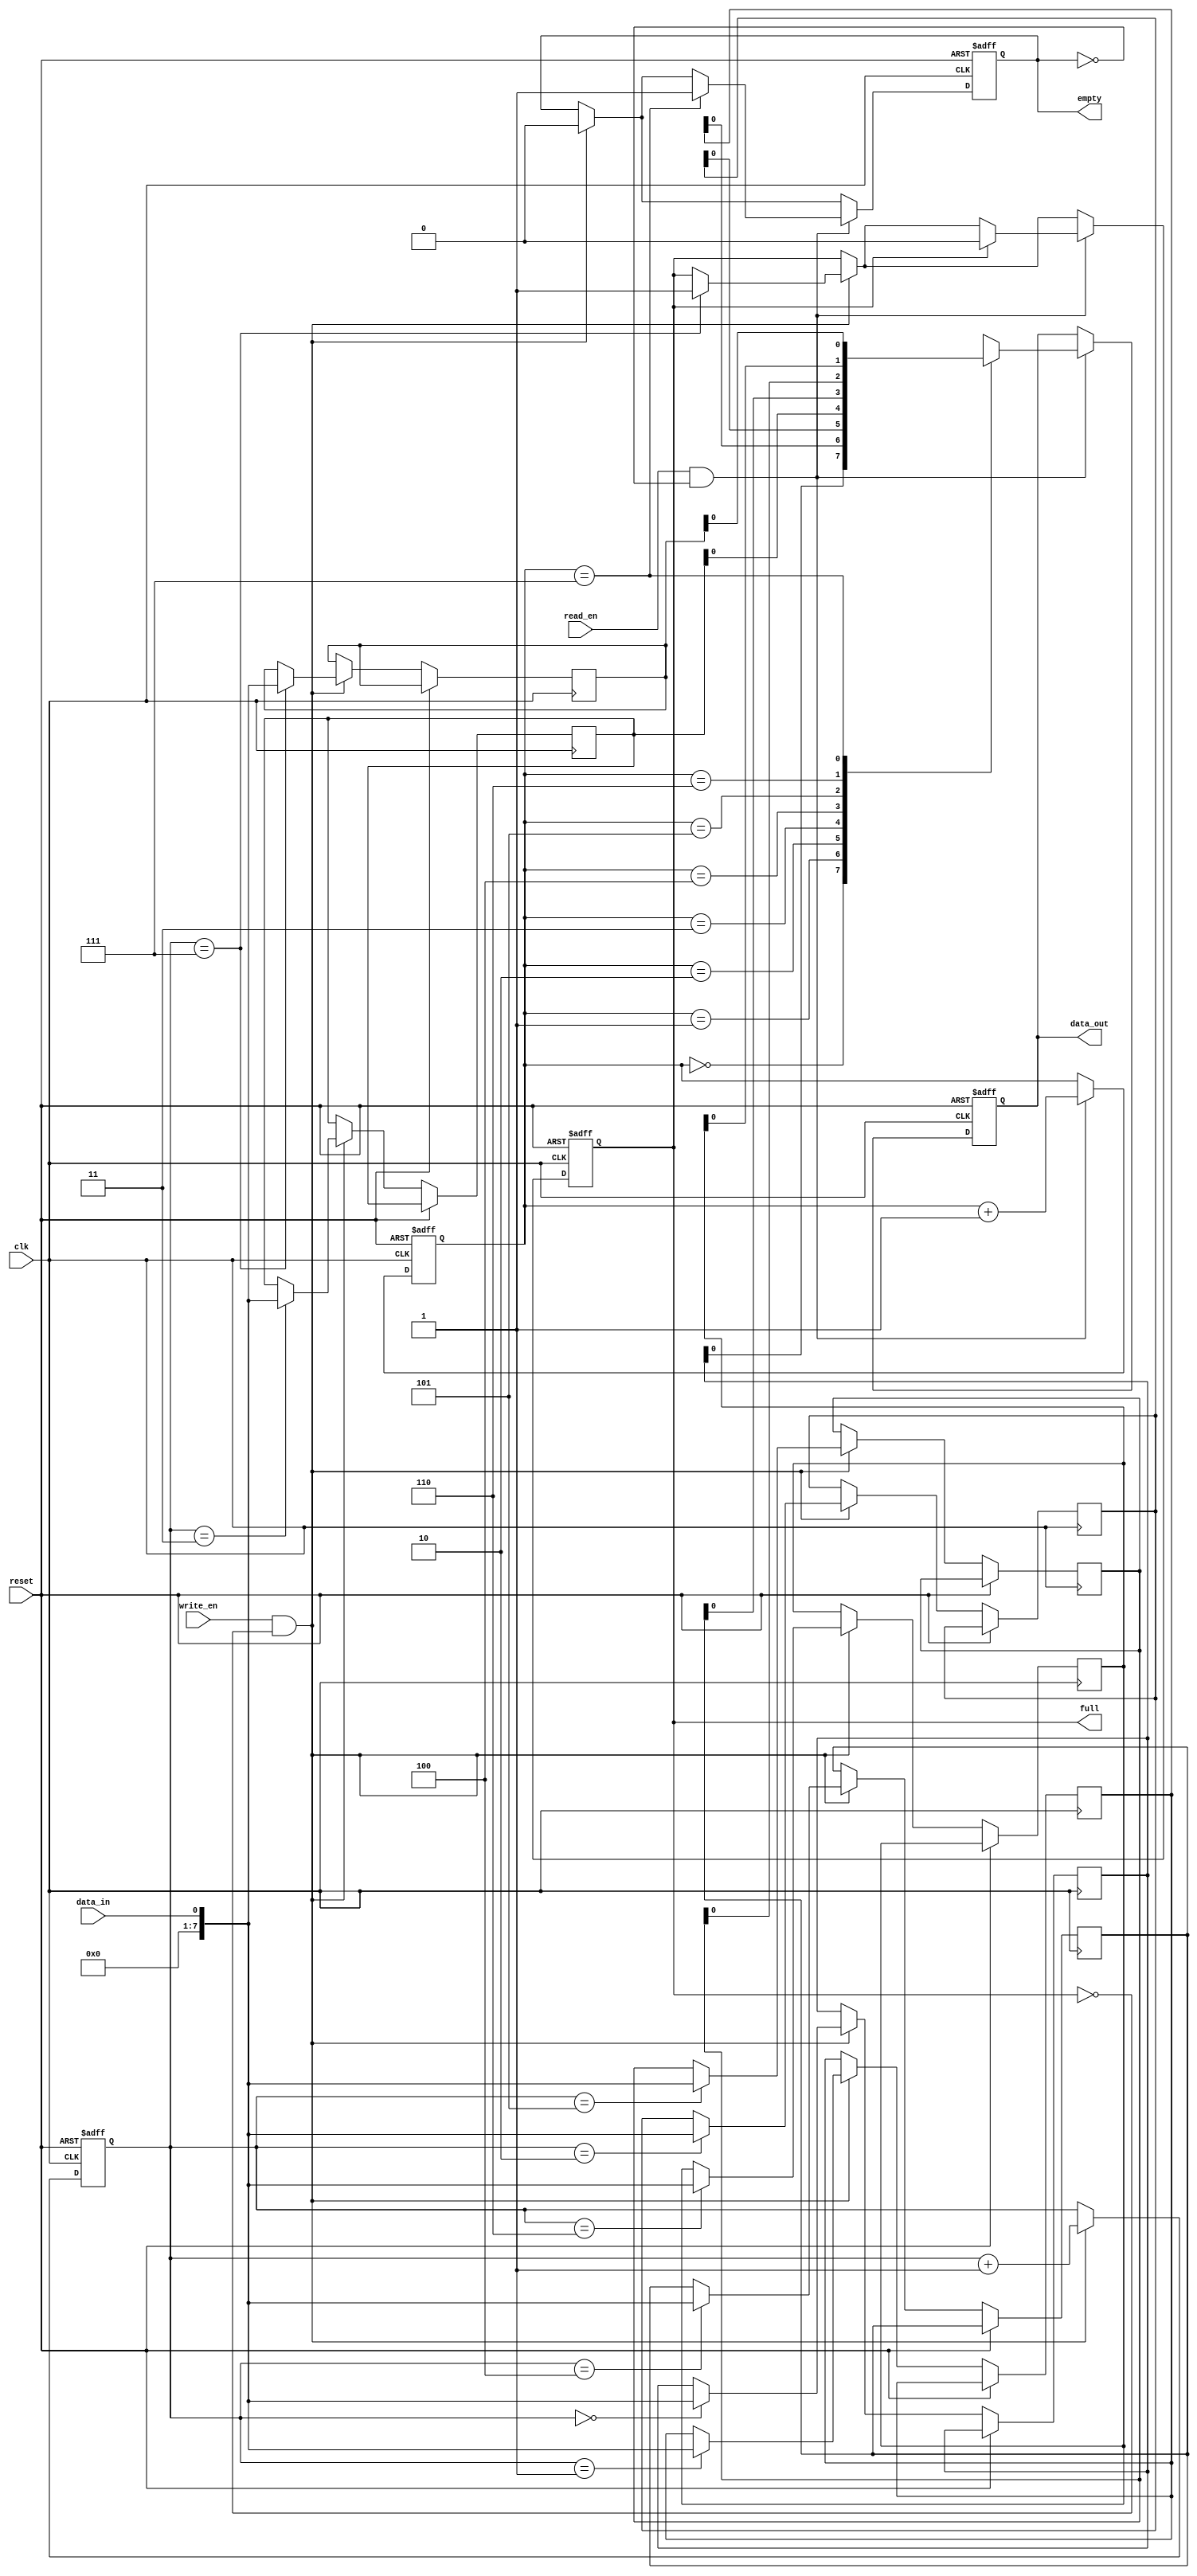
module bidirectional_fifo (
  input wire clk,
  input wire reset,
  input wire write_en,
  input wire read_en,
  input wire data_in,
  output reg data_out,
  output reg empty,
  output reg full
);

parameter FIFO_DEPTH = 8;
reg [7:0] fifo[FIFO_DEPTH-1:0];
reg [2:0] write_ptr;
reg [2:0] read_ptr;
reg full_flag;
reg empty_flag;

always @(posedge clk or posedge reset) begin
  if (reset) begin
    write_ptr <= 3'b0;
    read_ptr <= 3'b0;
    full_flag <= 1'b0;
    empty_flag <= 1'b1;
    data_out <= 1'b0;
  end else begin
    if (write_en && ~full_flag) begin
      fifo[write_ptr] <= data_in;
      write_ptr <= write_ptr + 1;
      if (write_ptr == FIFO_DEPTH - 1) begin
        full_flag <= 1'b1;
      end
      if (empty_flag) begin
        empty_flag <= 1'b0;
      end
    end
    if (read_en && ~empty_flag) begin
      data_out <= fifo[read_ptr];
      read_ptr <= read_ptr + 1;
      if (read_ptr == FIFO_DEPTH - 1) begin
        empty_flag <= 1'b1;
      end
      if (full_flag) begin
        full_flag <= 1'b0;
      end
    end
  end
end

assign empty = empty_flag;
assign full = full_flag;

endmodule